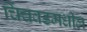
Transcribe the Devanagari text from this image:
चिंचवडमधील